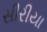
સીરીયા